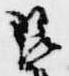
琵